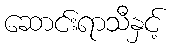
ဆောင်းရာသီနှင့်